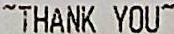
~THANK YOU~